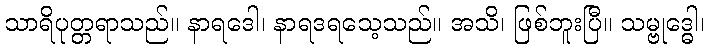
သာရိပုတ္တရာသည်။ နာရဒေါ၊ နာရဒရသေ့သည်။ အသိ၊ ဖြစ်ဘူးပြီ။ သမ္ဗုဒ္ဓေါ၊